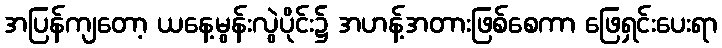
အပြန်ကျတော့ ယနေ့မွန်းလွဲပိုင်း၌ အဟန့်အတားဖြစ်စေကာ ဖြေရှင်းပေးရာ